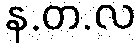
န.တ.လ